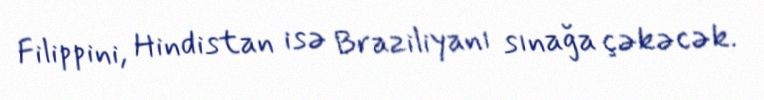
Filippini, Hindistan isə Braziliyanı sınağa çəkəcək.